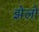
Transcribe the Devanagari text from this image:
झेलो